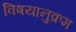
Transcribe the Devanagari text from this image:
विषयानुक्रम